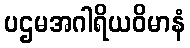
ပဌမအဂါရိယဝိမာနံ